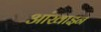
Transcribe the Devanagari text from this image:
आंखाइन